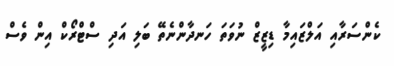
ކެންސަރާއި އަލްޒައިމާ ޑިޒީޒް ނުވަތަ ހަނދާންނެތޭ ބަލި އަދި ސްޓްރޯކް އިން ވެސް